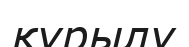
құрылу